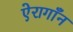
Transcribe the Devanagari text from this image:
ऐरागाँन